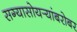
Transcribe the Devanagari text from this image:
सग्यासोयर्‍यांबरोबर